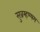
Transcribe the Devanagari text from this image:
सुब्रम्हण्यम